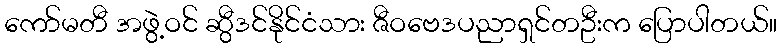
ကော်မတီ အဖွဲ့ဝင် ဆွီဒင်နိုင်ငံသား ဇီဝဗေဒပညာရှင်တဦးက ပြောပါတယ်။